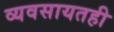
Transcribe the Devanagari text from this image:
व्यवसायतही